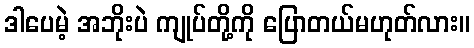
ဒါပေမဲ့ အဘိုးပဲ ကျုပ်တို့ကို ပြောတယ်မဟုတ်လား။